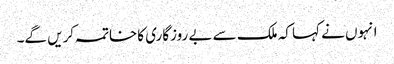
انہوں نے کہا کہ ملک سے بے روزگاری کاخاتمہ کریں گے۔